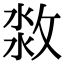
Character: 𣷜